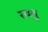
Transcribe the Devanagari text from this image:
रयतु